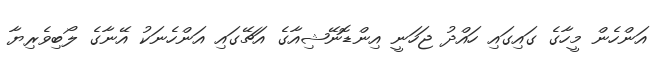
އަންހެން މީހާގެ ގައިގައި ހައްދު ޖަހަނީ އިންޑޮނޭޝިއާގެ އަޗޭގައި އަންހެނަކު އޭނާގެ ލޯބިވެރިޔާ